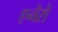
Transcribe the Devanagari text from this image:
एनेरो